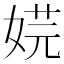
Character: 𡝴